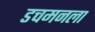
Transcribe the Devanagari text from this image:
डचमनला